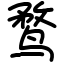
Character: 鹜